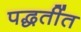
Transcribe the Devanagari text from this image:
पद्धतींत